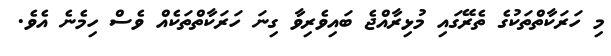
މި ހަރަކާތްތަކުގެ ތެރޭގައި މުޅިރާއްޖެ ބައިވެރިވާ ގިނަ ހަރަކާތްތަކެއް ވެސް ހިމެނެ އެވެ.